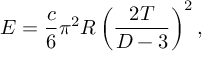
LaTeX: E = { \frac { c } { 6 } } \pi ^ { 2 } R \left( { \frac { 2 T } { D - 3 } } \right) ^ { 2 } ,